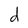
Character: d